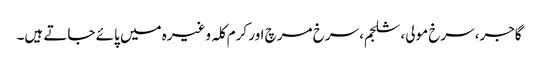
گاجر،سرخ مولی، شلجم، سرخ مرچ اور کرم کلہ وغیرہ میں پائے جاتے ہیں۔